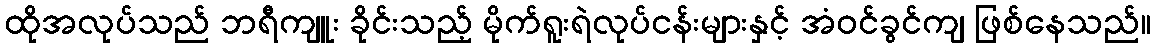
ထိုအလုပ်သည် ဘရီကျူး ခိုင်းသည့် မိုက်ရူးရဲလုပ်ငန်းများနှင့် အံဝင်ခွင်ကျ ဖြစ်နေသည်။